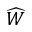
\widehat W